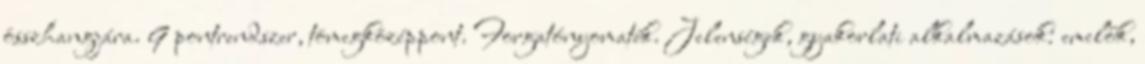
összhangjára. 9 pontrendszer, tömegközéppont. Forgatónyomaték. Jelenségek, gyakorlati alkalmazások: emelők,